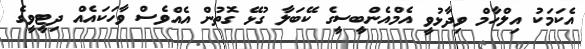
އެކަމަކު އިލްހާމް ވިދާޅުވީ އެމްއެންބީސީގެ ކޭބަލާ ގުޅޭ ގޮތުން އެއްވެސް ވާހަކައެއް ދިޓީވީގެ